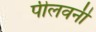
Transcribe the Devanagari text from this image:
पीलवनी